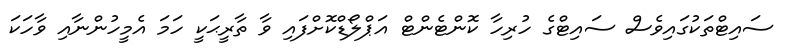
ސައިޓްތަކުގައިވެސް ސައިޓްގެ ހުރިހާ ކޮންޓެންޓް އަޕްލޯޑްކޮށްފައި ވާ ތާރީޙަކީ ހަމަ އެމީހުންނާއި ވާހަކަ